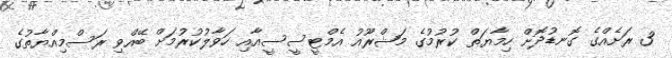
3 ރަށެއްގެ ގޮނޑުދޮށް ހިމާޔަތް ކުރުމުގެ މަޝްރޫއު އެމްޓީސީސީއާއި ހަވާލުކުރުމަށް ބޭއްވި ރަސްމިއްޔާތުގެ